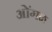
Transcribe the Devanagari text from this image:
ओंगळ